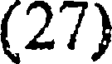
(27)